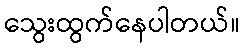
သွေးထွက်နေပါတယ်။